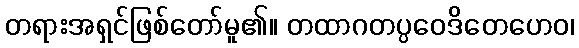
တရားအရှင်ဖြစ်တော်မူ၏။ တထာဂတပ္ပဝေဒိတေဟေဝ၊